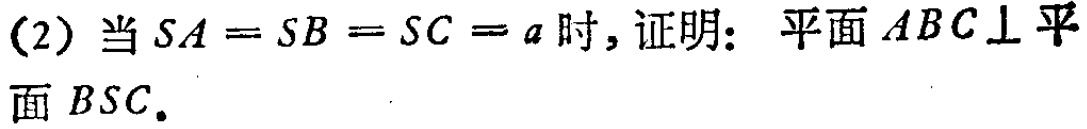
(2) 当\(SA = SB = SC = a\)时，证明：平面\(ABC\perp\)平面\(BSC\)。